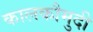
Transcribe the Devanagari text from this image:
कालकौमुदी